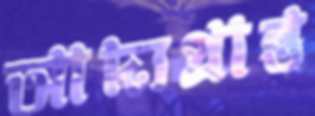
আদ্যপ্রান্ত